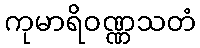
ကုမာရိဝဏ္ဏသတံ